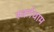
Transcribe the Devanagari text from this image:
स्वर्गधाम